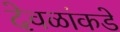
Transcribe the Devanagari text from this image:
देवळांकडे